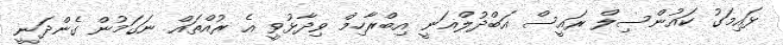
ޅައިމަގު ކައުންސިލް ރައީސް އަބްދުލްޣަނީ އިބްރާހިމް ވިދާޅުވީ އެ ރުއްތައް ނަގަމުން ގެންދަނީ